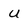
Character: U